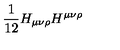
\frac { 1 } { 1 2 } H _ { \mu \nu \rho } H ^ { \mu \nu \rho }